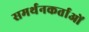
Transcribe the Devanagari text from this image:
समर्थनकर्ताओं